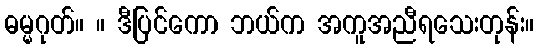
ဓမ္မဂုတ်။ ။ ဒီပြင်ကော ဘယ်က အကူအညီရသေးတုန်း။